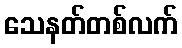
သေနတ်တစ်လက်